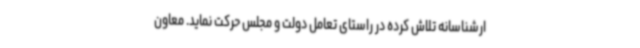
ارشناسانه تلاش کرده در راستای تعامل دولت و مجلس حرکت نماید. معاون